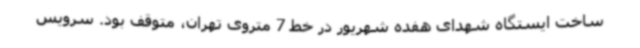
ساخت ایستگاه شهدای هفده شهریور در خط 7 متروی تهران، متوقف بود. سرویس